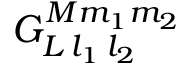
G _ { L \, l _ { 1 } \, l _ { 2 } } ^ { M m _ { 1 } m _ { 2 } }